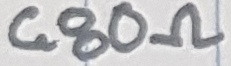
Text: 680Ω